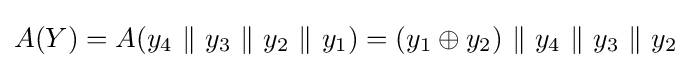
A(Y)=A(y_{4}\ {\mathcal {k}}\ y_{3}\ {\mathcal {k}}\ y_{2}\ {\mathcal {k}}\ y_{1})=(y_{1}\oplus y_{2})\ {\mathcal {k}}\ y_{4}\ {\mathcal {k}}\ y_{3}\ {\mathcal {k}}\ y_{2}